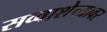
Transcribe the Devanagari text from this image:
सव्वाशेच्यावर